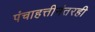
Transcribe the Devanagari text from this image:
पंचाहत्तीनंतरही